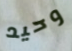
وحيد